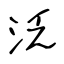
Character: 泛